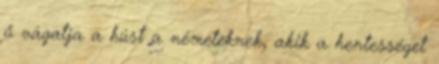
ő vágatja a húst a németeknek, akik a hentességet